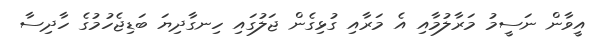
އީވާން ނަސީމު މަރާލުމާއި އެ މަރާއި ގުޅިގެން ޖަލުގައި ހިނގާދިޔަ ބަޑިޖެހުމުގެ ހާދިސާ